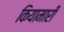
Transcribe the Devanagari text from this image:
कियामारी